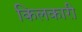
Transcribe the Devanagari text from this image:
किलकारी